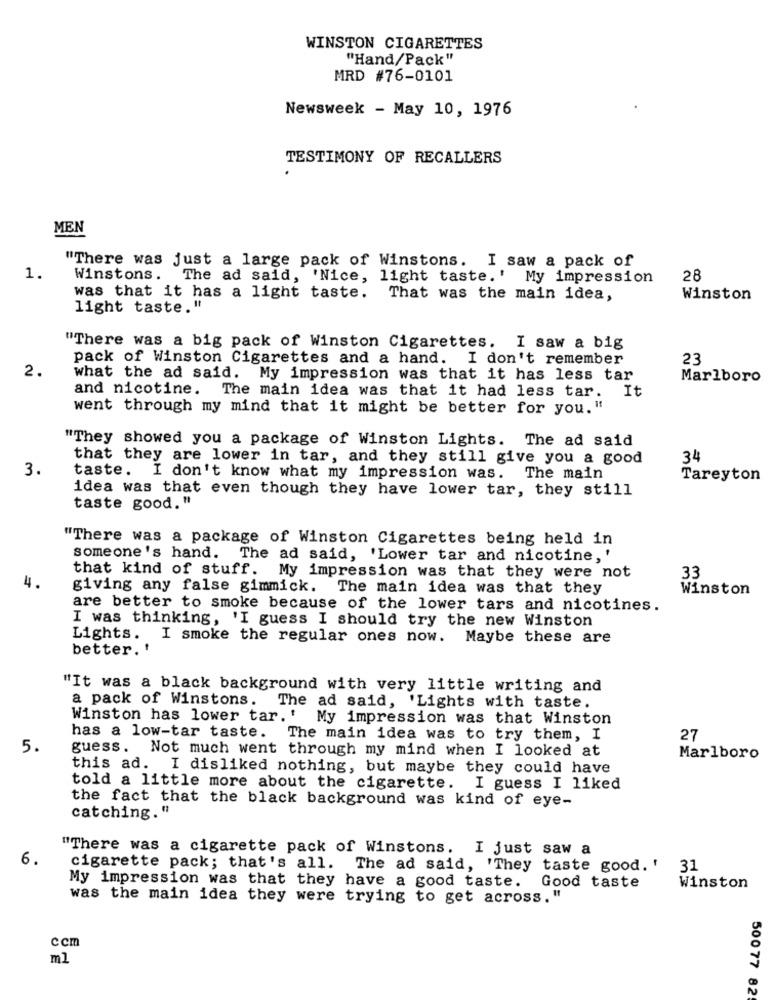
WINSTON CIGARETTES
"Hand/Pack"
MRD #76-0101
Newsweek - May 10, 1976
TESTIMONY OF RECALLERS
MEN
"There was just a large pack of Winstons. I saw a pack of
1.
Winstons. The ad said, 'Nice, light taste.' My impression
28
was that it has a light taste. That was the main idea,
Winston
light taste."
"There was a big pack of Winston Cigarettes. I saw a big
pack of Winston Cigarettes and a hand. I don't remember
23
2.
what the ad said. My impression was that it has less tar
Marlboro
and nicotine. The main idea was that it had less tar. It
went through my mind that it might be better for you. "
"They showed you a package of Winston Lights. The ad said
that they are lower in tar, and they still give you a good
34
3.
taste. I don't know what my impression was.
The main
Tareyton
idea was that even though they have lower tar, they still
taste good. "
"There was a package of Winston Cigarettes being held in
someone's hand. The ad said, 'Lower tar and nicotine, '
that kind of stuff. My impression was that they were not
33
4.
giving any false gimmick. The main idea was that they
Winston
are better to smoke because of the lower tars and nicotines.
I was thinking, 'I guess I should try the new Winston
Lights. I smoke the regular ones now. Maybe these are
better. '
"It was a black background with very little writing and
a pack of Winstons. The ad said, 'Lights with taste.
Winston has lower tar. ' My impression was that Winston
has a low-tar taste. The main idea was to try them, I
27
5.
guess. Not much went through my mind when I looked at
Marlboro
this ad. I disliked nothing, but maybe they could have
told a little more about the cigarette. I guess I liked
the fact that the black background was kind of eye-
catching."
"There was a cigarette pack of Winstons. I just saw a
6.
cigarette pack; that's all. The ad said, 'They taste good.' 31
My impression was that they have a good taste. Good taste
Winston
was the main idea they were trying to get across."
ccm
ml
50077 82